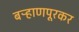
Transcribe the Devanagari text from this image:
बऱ्हाणपूरकर